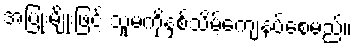
အပြုံးမျိုးဖြင့် သူမကိုနှစ်သိမ့်ကျေနပ်စေမည်။